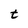
Character: t